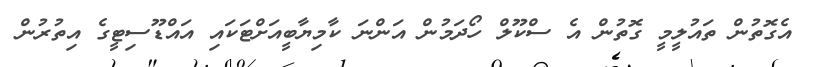
އެގޮތުން ތައުލީމީ ގޮތުން އެ ސްކޫލް ހޯދަމުން އަންނަ ކާމިޔާބީއަށްޓަކައި އައްޑޫސިޓީގެ އިތުރުން